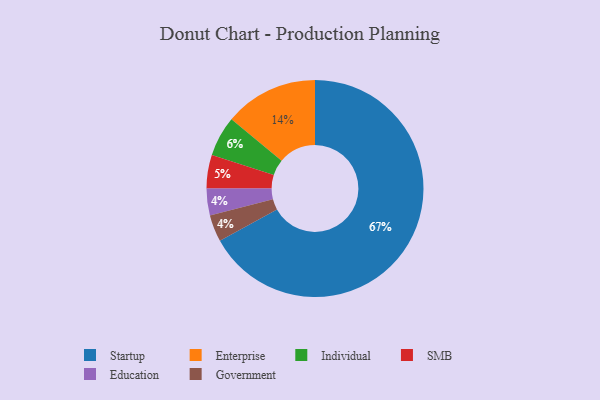
{"axis": {"x": "Category", "y": "Percentage"}, "legend": ["Education", "Enterprise", "Government", "Individual", "SMB", "Startup"], "data": [{"x": "SMB", "y": 5, "type": "SMB"}, {"x": "Education", "y": 4, "type": "Education"}, {"x": "Startup", "y": 67, "type": "Startup"}, {"x": "Individual", "y": 6, "type": "Individual"}, {"x": "Enterprise", "y": 14, "type": "Enterprise"}, {"x": "Government", "y": 4, "type": "Government"}]}